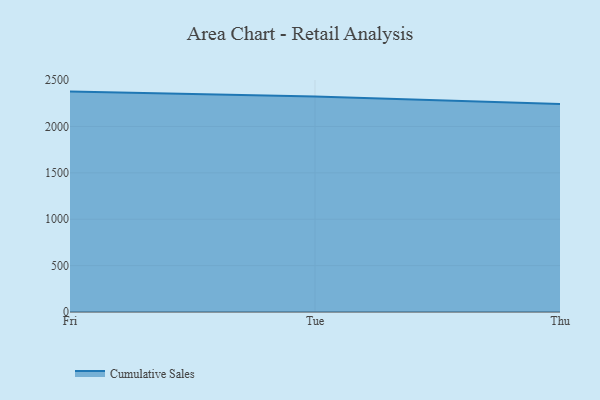
{"axis": {"x": "Day", "y": "Energy Usage (MWh)"}, "legend": ["Cumulative Sales"], "data": [{"x": "Fri", "y": 2375.8, "type": "Cumulative Sales"}, {"x": "Tue", "y": 2324.0, "type": "Cumulative Sales"}, {"x": "Thu", "y": 2242.9, "type": "Cumulative Sales"}]}